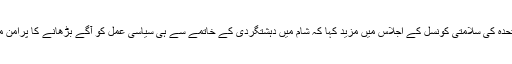
ووہای تایو نے اقوام متحدہ کی سلامتی کونسل کے اجلاس میں مزید کہا کہ شام میں دہشتگردی کے خاتمے سے ہی سیاسی عمل کو آگے بڑھانے کا پرامن ماحول پیدا ہو سکتا ہے۔